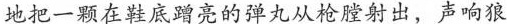
地把一颗在鞋底蹭亮的弹丸从枪膛射出，声响狼